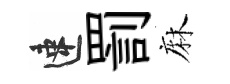
速罰麻